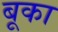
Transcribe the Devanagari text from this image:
बूका